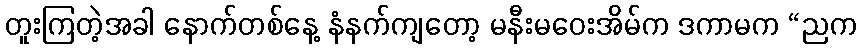
တူးကြတဲ့အခါ နောက်တစ်နေ့ နံနက်ကျတော့ မနီးမဝေးအိမ်က ဒကာမက “ညက